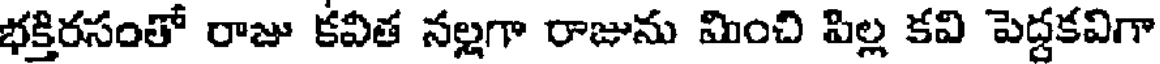
భక్తిరసంతో రాజు కవీత నల్లగా రాజును మించి పిల్ల కవి పెద్దకవిగా